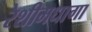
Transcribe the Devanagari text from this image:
रेशीमधागा